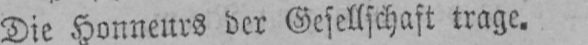
Die Honneurs der Gesellschaft trage.